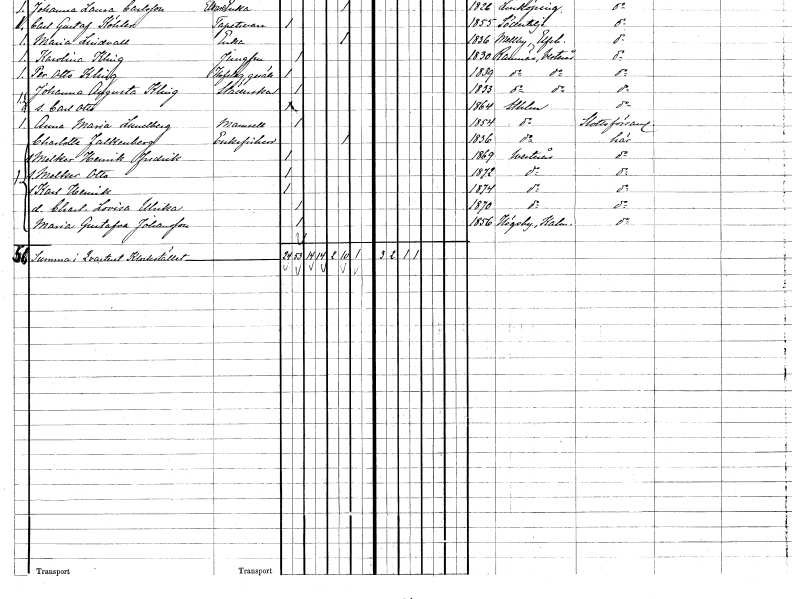
gt_parse: households: individuals: FN: Charlotta
EN: Falkenberg
KON: K
CIV: E
FODAR: 1836
FODFORS: Stockholm
FN: Melker Henrik Fredrik
KON: M
CIV: O
FODAR: 1869
FODFORS: Västerås Västmanlands län
FN: Melker Otto
KON: M
CIV: O
FODAR: 1872
FODFORS: Västerås Västmanlands län
FN: Karl Henrik
KON: M
CIV: O
FODAR: 1874
FODFORS: Västerås Västmanlands län
FN: Charlotta Lovisa Ulrika
KON: K
CIV: O
FODAR: 1870
FODFORS: Västerås Västmanlands län
FN: Maria Gustafva
EN: Johansson
KON: K
CIV: O
FODAR: 1856
FODFORS: Högsby Kalmar län